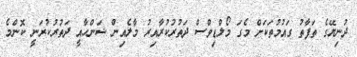
ދުނިޔޭގެ ތަފާތު ގައުމުތަކަށް މެގަ މޯލްޑިވްސް ދަތުރުކުރާއިރު މާލެއިން ޝަންހާއީ ދަތުރުކުރަނީ ކޮންމެ